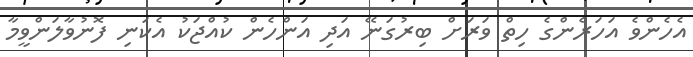
އެހެންވެ އަހަރެންގެ ހިތް ވަރަށް ބިރުގަނޭ އަދި އަންހެން ކުއްޖަކު އެކަނި ފޮނުވާލަންވީމާ